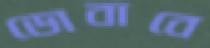
ডোবাবে